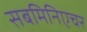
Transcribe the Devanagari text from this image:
सबमिनिएचर